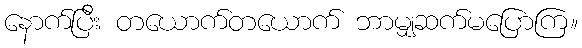
နောက်ပြီး တယောက်တယောက် ဘာမျှဆက်မပြောကြ။